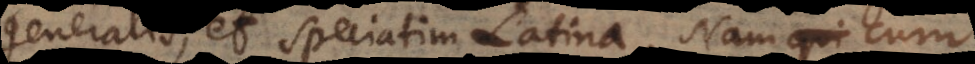
generalis, et speciatim Latina. Nam cum